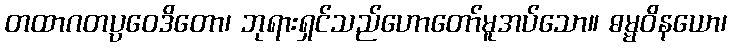
တထာဂတပ္ပဝေဒိတော၊ ဘုရားရှင်သည်ဟောတော်မူအပ်သော။ ဓမ္မဝိနယော၊